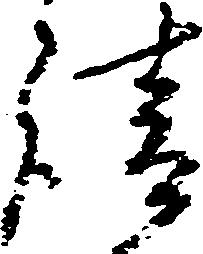
請